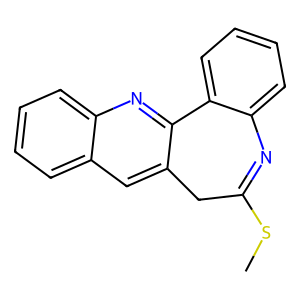
SMILES: CSC1=Nc2ccccc2-c2nc3ccccc3cc2C1
Inhibits HIV replication: No